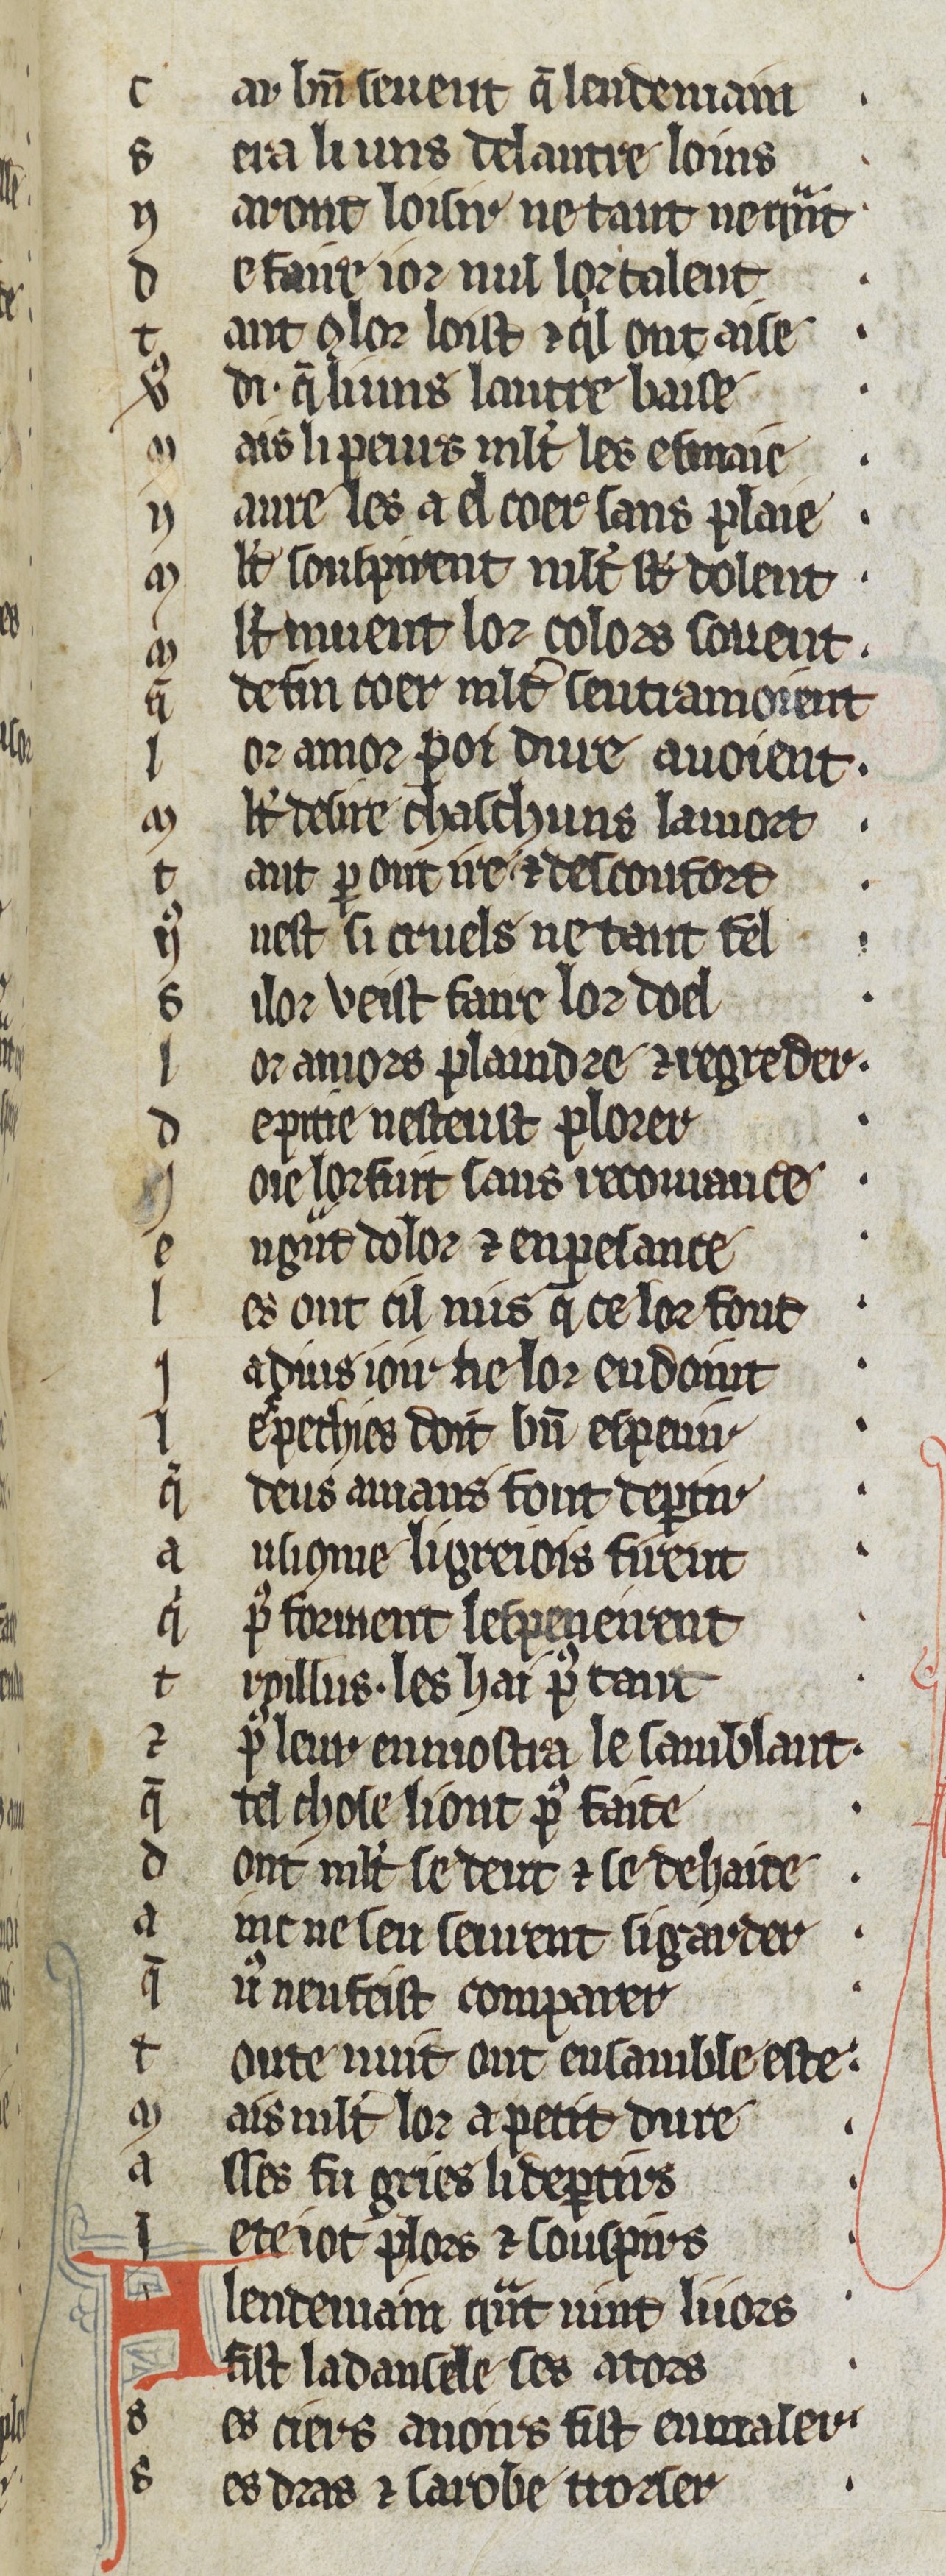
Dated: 1270–1299